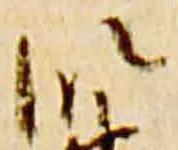
段